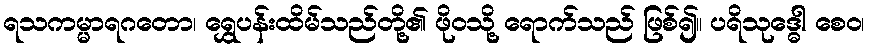
ရသကမ္မာရဂတော၊ ရွှေပန်းထိမ်သည်တို့၏ ဖိုဝသို့ ရောက်သည် ဖြစ်၍။ ပရိသုဒ္ဓေါ စေဝ၊